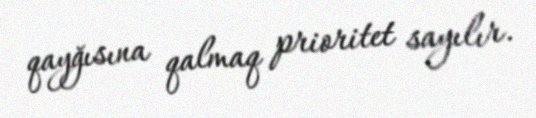
qayğısına qalmaq prioritet sayılır.